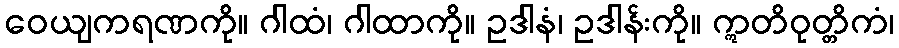
ဝေယျကရဏကို။ ဂါထံ၊ ဂါထာကို။ ဥဒါနံ၊ ဥဒါန်းကို။ ဣတိဝုတ္တိကံ၊